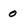
Character: 0